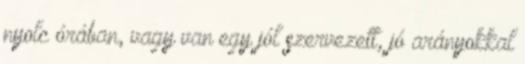
nyolc órában, vagy van egy jól szervezett, jó arányokkal